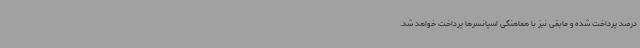
درصد پرداخت شده و مابقی نیز با هماهنگی اسپانسرها پرداخت خواهد شد.